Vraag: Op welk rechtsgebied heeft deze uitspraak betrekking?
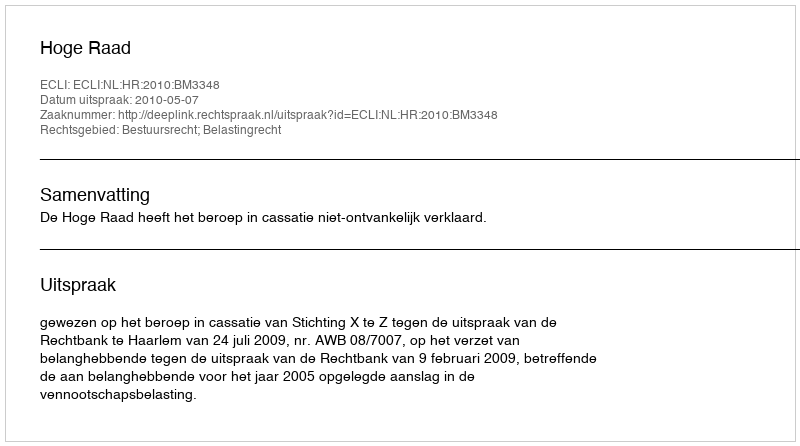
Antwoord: Bestuursrecht; Belastingrecht